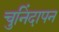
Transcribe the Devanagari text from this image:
चुनिंदापन